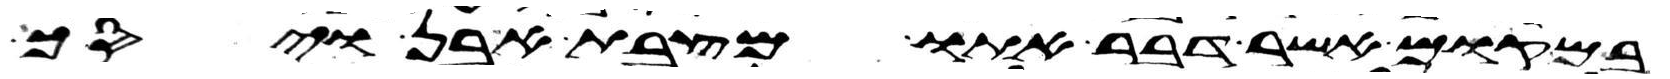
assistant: במקום אשר דבר אתו מצבת אבן ויסך